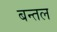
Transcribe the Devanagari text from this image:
बन्तल